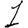
Digit: 1